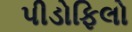
પીડોફિલો